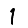
Digit: 1